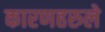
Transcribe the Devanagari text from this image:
कारणहरुले